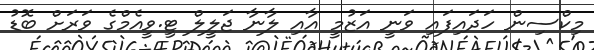
މިކްސިން ހަދައިފައި ވަނީ އަޒުމީ އާއި ލާނާ ޖަލީލް ޓީ.ވީއެމްގެ ވަރަށް ބޮޑު